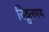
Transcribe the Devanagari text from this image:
विठ्ठलमय